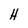
Character: H